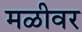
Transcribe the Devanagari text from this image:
मळीवर